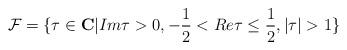
LaTeX: \begin{align*}{\cal F}=\{\tau\in {\bf C} | Im\tau>0,-\frac{1}{2}<Re\tau\leq\frac{1}{2},|\tau|>1\}\end{align*}